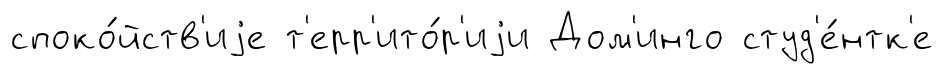
споко́йств'иjе т'ерр'ито́р'иjи Дом'инго студ'е́нтк'е